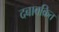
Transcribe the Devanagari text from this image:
दबावक्रित